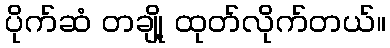
ပိုက်ဆံ တချို့ ထုတ်လိုက်တယ်။